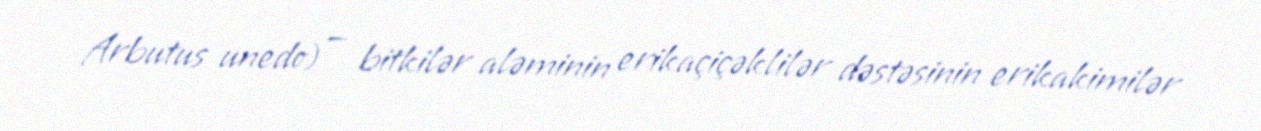
Arbutus unedo) — bitkilər aləminin erikaçiçəklilər dəstəsinin erikakimilər